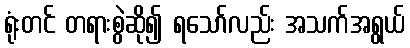
ရုံးတင် တရားစွဲဆို၍ ရသော်လည်း အသက်အရွယ်